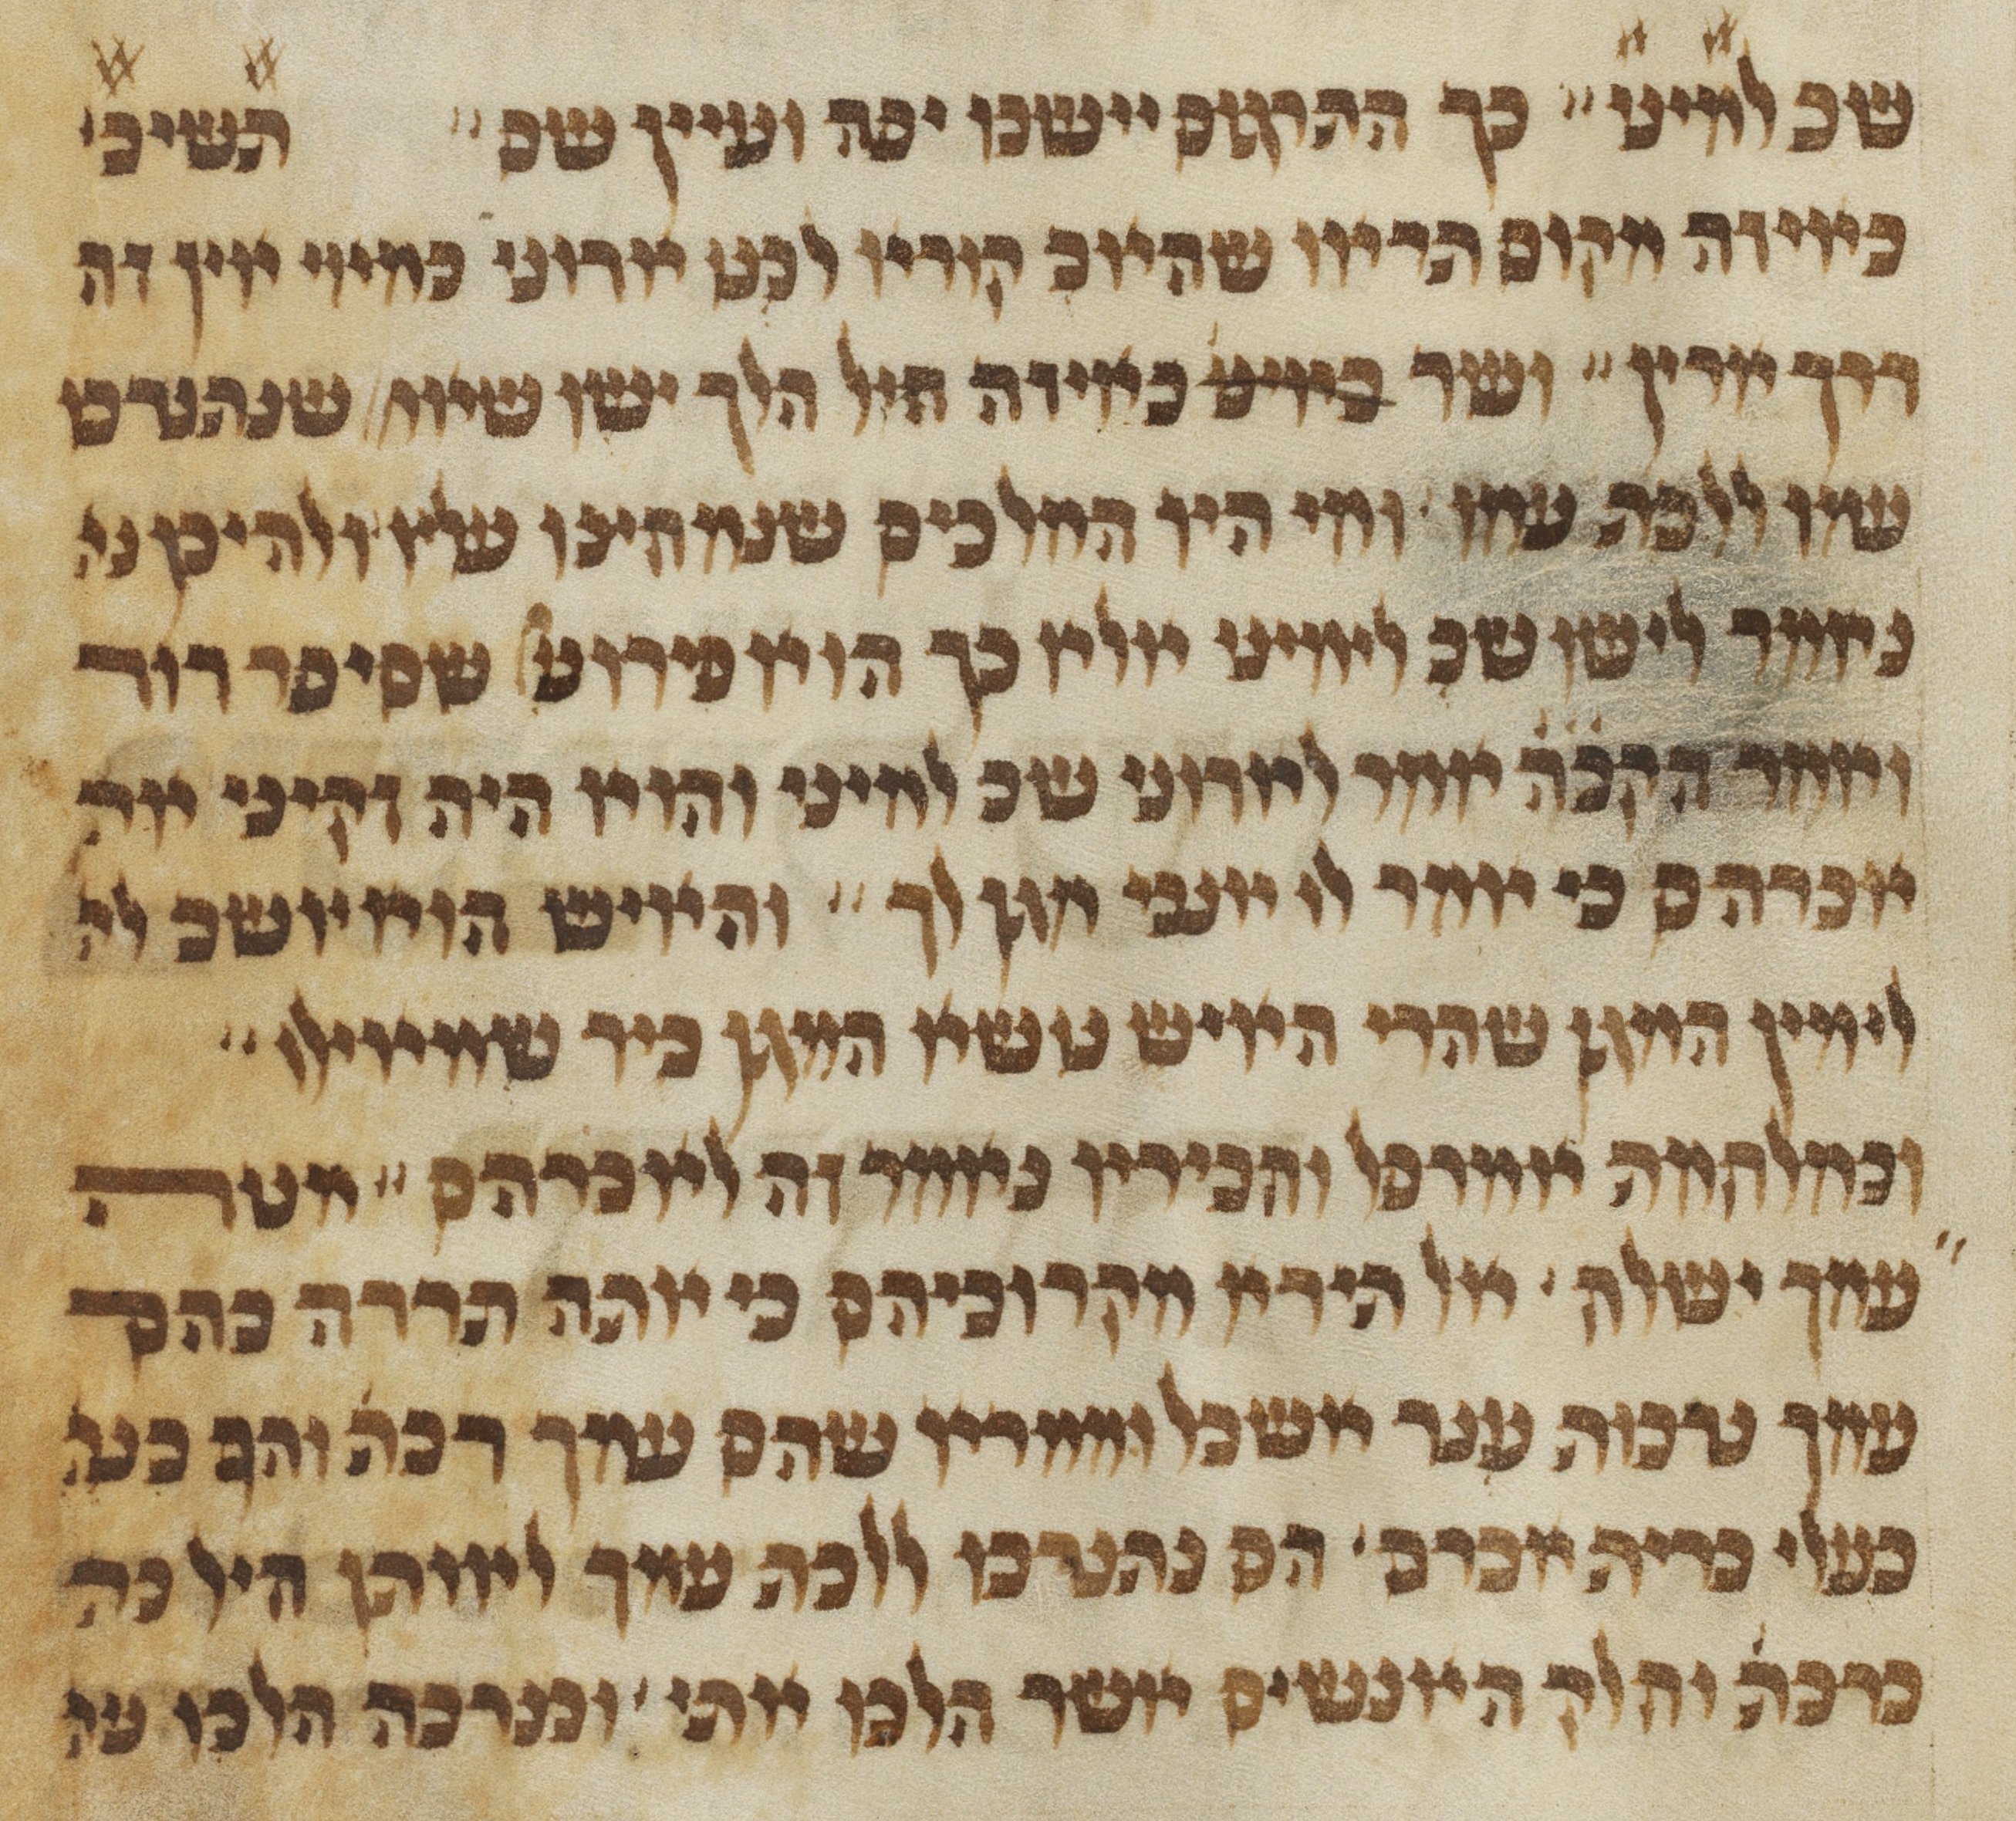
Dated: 1450–1499